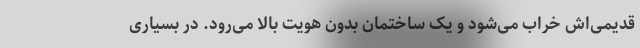
قدیمی‌اش خراب می‌شود و یک ساختمان بدون هویت بالا می‌رود. در بسیاری